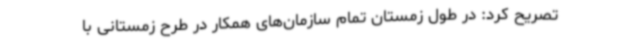
تصریح کرد: در طول زمستان تمام سازمان‌های همکار در طرح زمستانی با